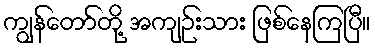
ကျွန်တော်တို့ အကျဉ်းသား ဖြစ်နေကြပြီ။